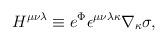
LaTeX: \begin{align*}H^{\mu\nu\lambda} \equiv e^{\Phi} \epsilon^{\mu\nu\lambda\kappa}\nabla_{\kappa} \sigma ,\end{align*}